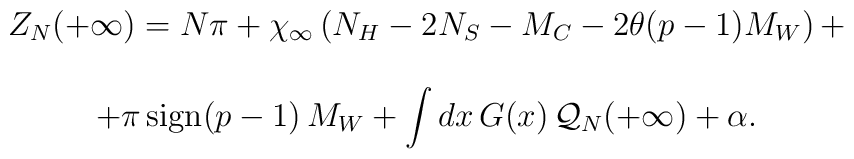
\begin{array}{c}Z_{N}(+\infty )=N\pi +\chi _{\infty }\left( N_{H}-2N_{S}-M_{C}-2\theta (p-1)M_{W}\right) +\\\\+\pi \, \textrm{sign}(p-1)\, M_{W}+\displaystyle\int dx\, G(x)\, {\cal Q}_{N}(+\infty )+\alpha .\end{array}